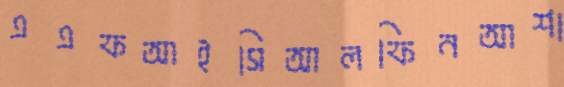
এএফআইসিআলফিনআশা